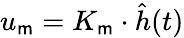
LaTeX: u_{\mathsf{m}}=K_{\mathsf{m}}\cdot\hat{{h}}(t)